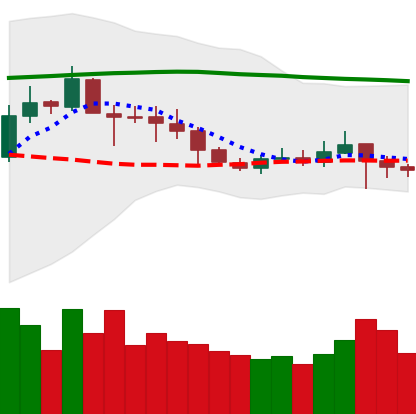
Ticker: ETC-USD
Chart end date: 2019-09-21
Forward return: -23.329%
Label: down_7plus